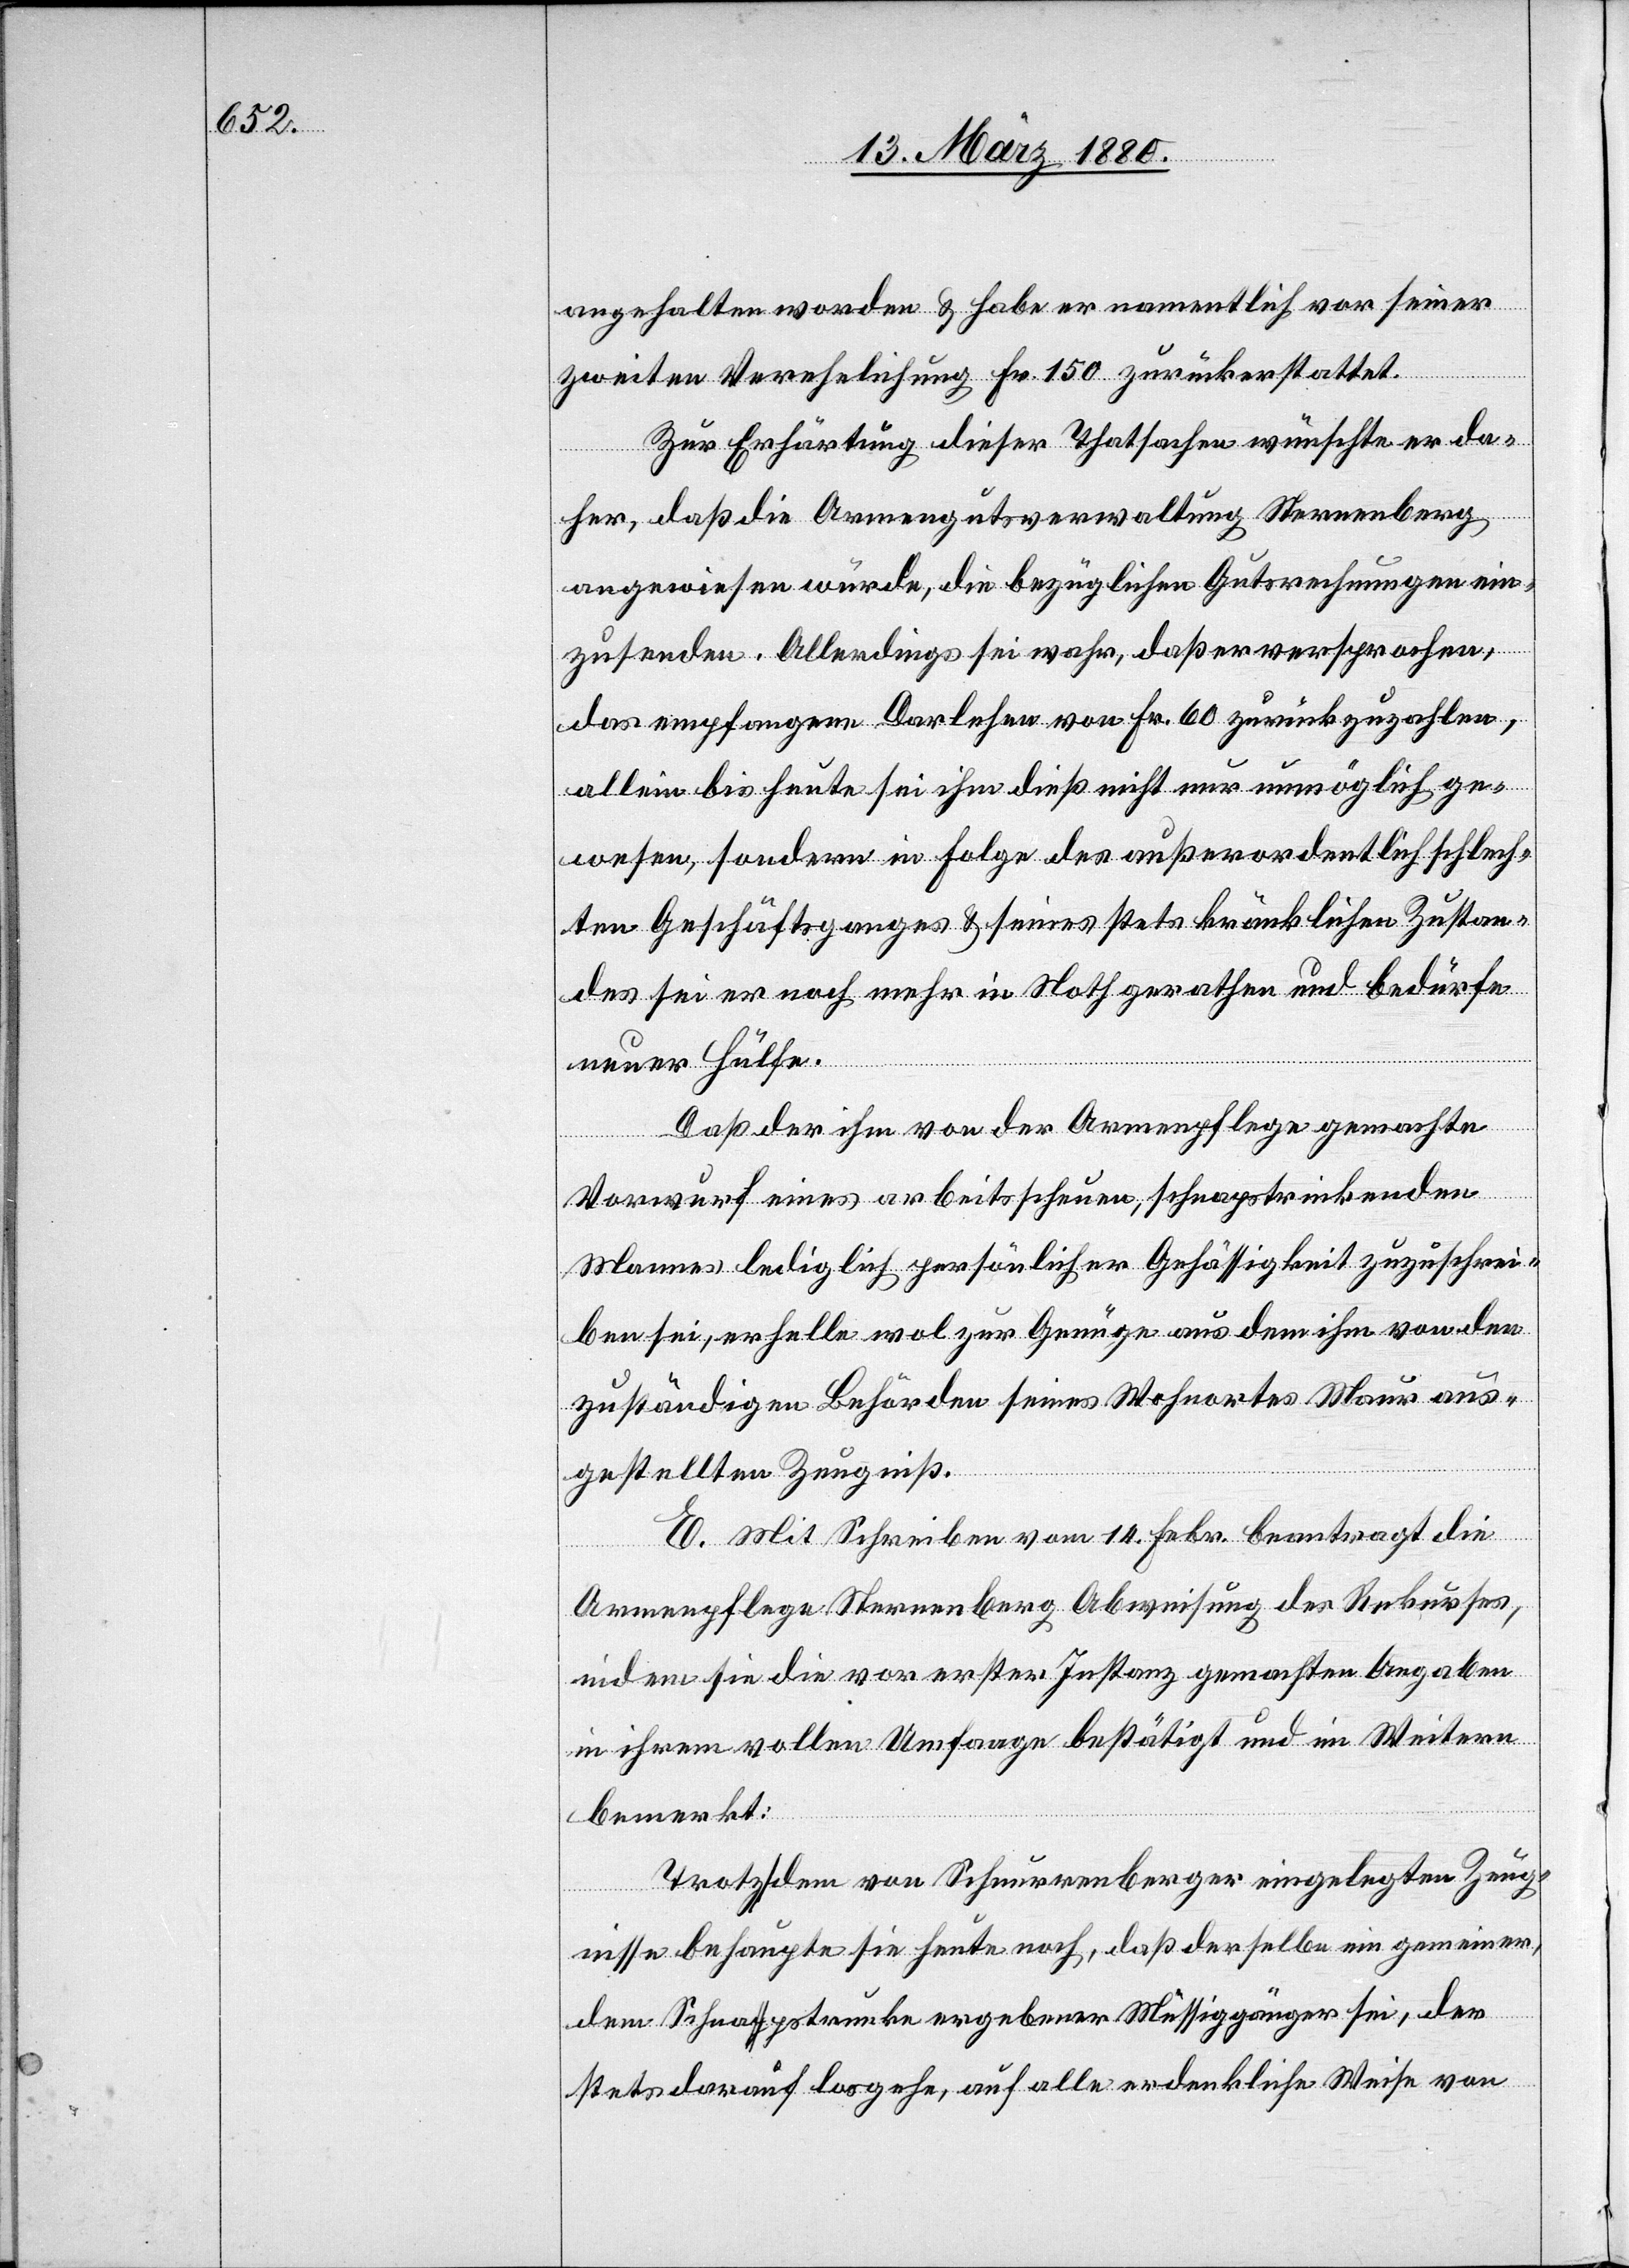
angehalten worden & habe er namentlich vor seiner
zweiten Verehelichung Fr. 150 zurückerstattet.
Zur Erhärtung dieser Thatsachen wünschte er da¬
her, daß die Armengutsverwaltung Sternenberg
angewiesen würde, die bezüglichen Gutsrechnungen ein¬
zusenden. Allerdings sei wahr, daß er versprochen,
das empfangene Darlehen von Fr. 60 zurückzuzahlen,
allein bis heute sei ihm dieß nicht nur unmöglich ge¬
wesen, sondern in Folge des außerordentliche¬
n Geschäftsganges & seines stets kränklichen Zustan¬
des sei er noch mehr in Noth gerathen und bedürfe
neuer Hülfe.
Daß der ihm von der Armenpflege gemachte
Vorwurf eines arbeitsscheuen, schnapstrinkenden
Mannes lediglich persönlicher Gehässigkeit zuzuschrei¬
ben sei, erhelle wol zur Genüge aus dem ihm von den
zuständigen Behörden seines Wohnortes Maur aus¬
gestellten Zeugniß.
E. Mit Schreiben vom 14. Febr. beantragt die
Armenpflege Sternenberg Abweisung des Rekurses,
indem sie die vor erster Instanz gemachten Angaben
in ihrem vollen Umfange bestätigt und im Weitern
bemerkt:
Trotz dem von Schnurrenberger eingelegten Zeug¬
nisse behaupte sie heute noch, daß derselbe ein gemeiner,
dem Schnapstrunke ergebener Müssiggänger sei, der
stets darauf losgehe, auf alle erdenkliche Weise von